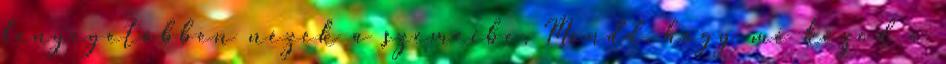
fenyegetőbben nézek a szemeibe. Mondd, hogy mi közöd a